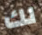
لك